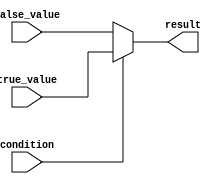
module conditional_operator_example(
    input wire condition,
    input wire [7:0] true_value,
    input wire [7:0] false_value,
    output reg [7:0] result
);

always @(*)
begin
    result = (condition) ? true_value : false_value;
end

endmodule